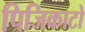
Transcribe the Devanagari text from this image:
पिजिकाटो